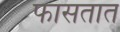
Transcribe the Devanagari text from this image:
फासतात